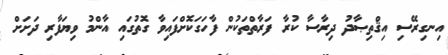
އިނގިރޭސި އިޤްތިޞާދު ދިރާސާ ކުރާ ފަރާތްތަކުން ފާހަގަކޮށްފައިވާ ގޮތުގައި އާންމު ވިޔަފާރި ދަށަށް